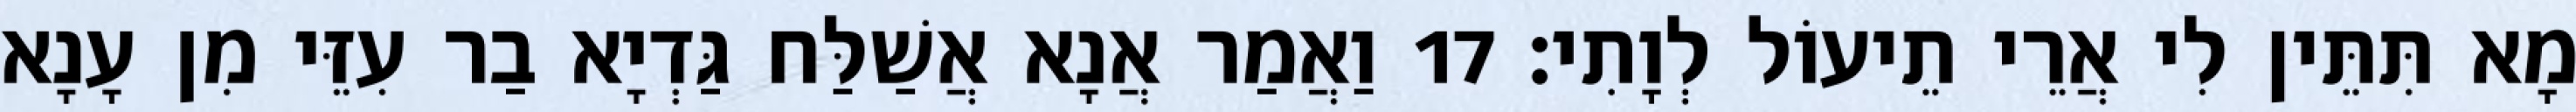
מָא תִּתֵּין לִי אֲרֵי תֵיעוֹל לְוָתִי׃ 17 וַאֲמַר אֲנָא אֲשַׁלַּח גַּדְיָא בַר עִזֵּי מִן עָנָא